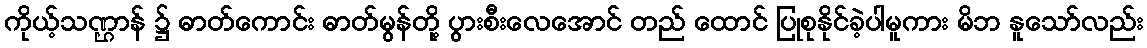
ကိုယ့်သဏ္ဌာန် ၌ ဓာတ်ကောင်း ဓာတ်မွန်တို့ ပွားစီးလေအောင် တည် ထောင် ပြုစုနိုင်ခဲ့ပါမူကား မိဘ နူသော်လည်း